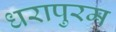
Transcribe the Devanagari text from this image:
धरापुरम